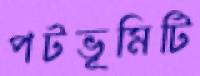
পটভূমিটি